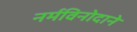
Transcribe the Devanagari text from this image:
नर्मविनोदाने